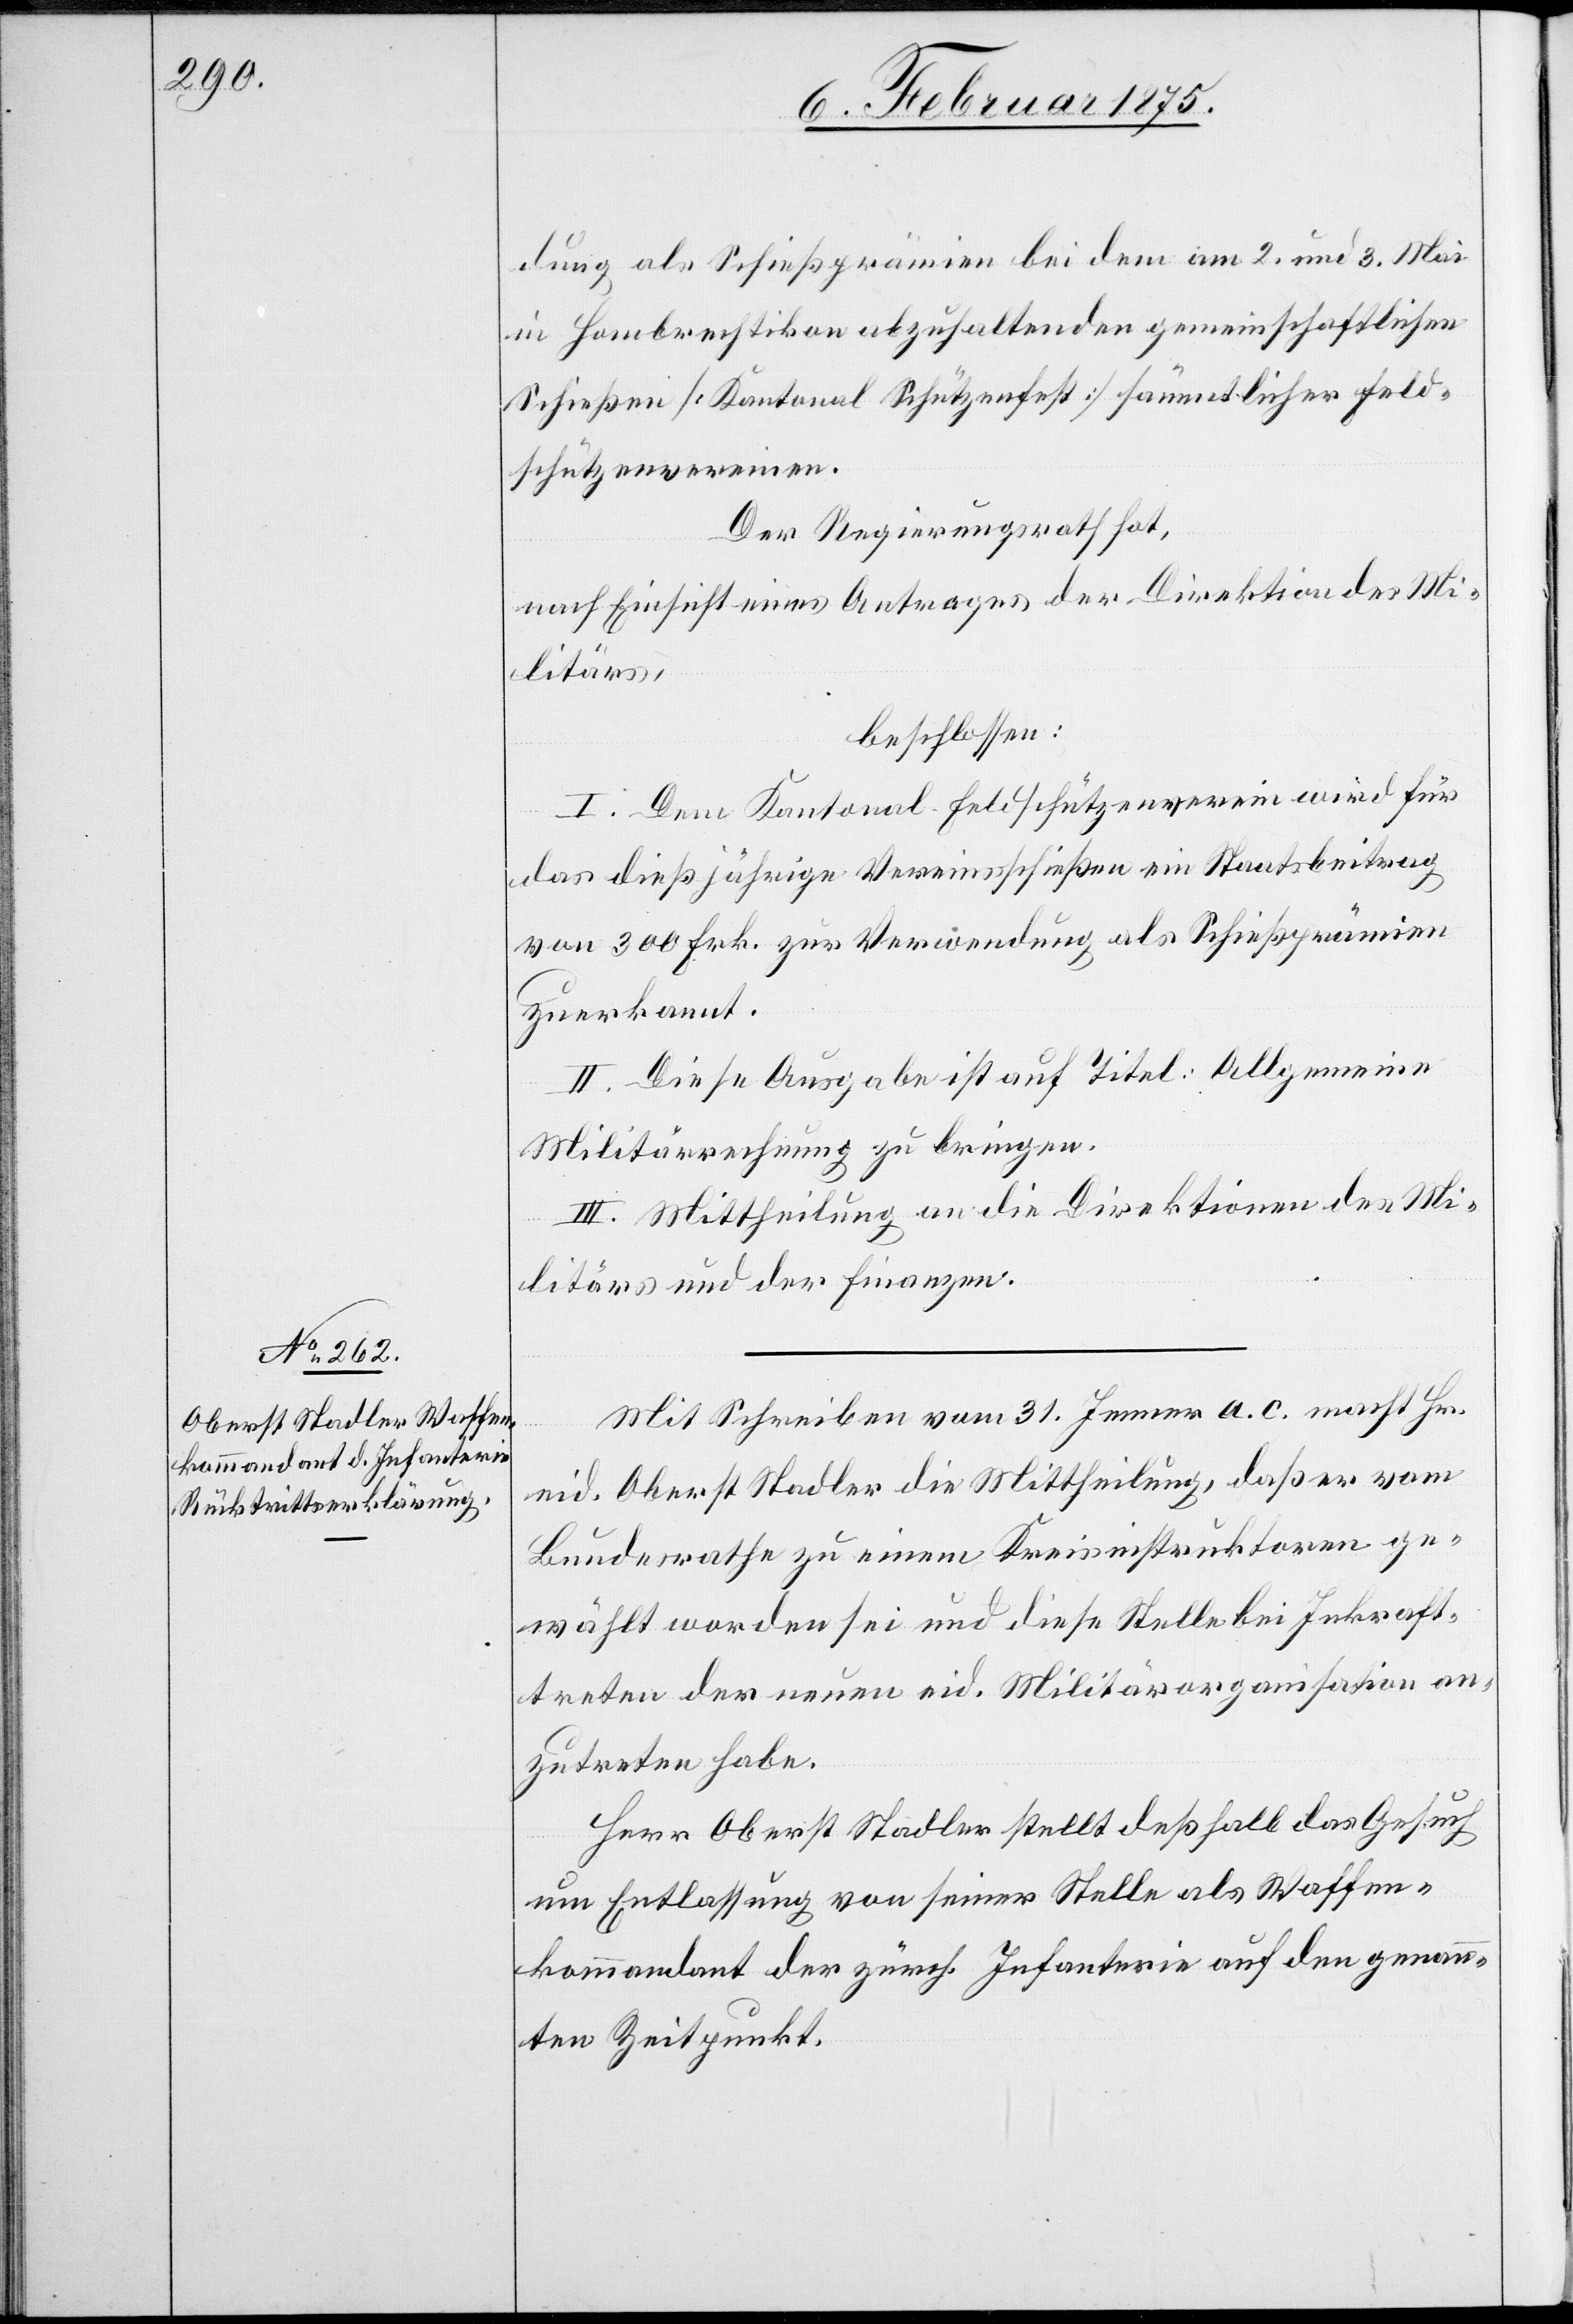
dung als Schießprämien bei dem am 2. und 3. Mai
in Hombrechtikon abzuhaltenden gemeinschaftlichen
Schießen (Kantonal Schützenfest) sämmtlicher Feld¬
schützenvereinen.
Der Regierungsrath hat,
nach Einsicht eines Antrages der Direktion des Mi¬
litärs,
beschlossen:
I. Dem Kantonal-Feldschützenverein wird für
das dießjährige Vereinsschießen ein Staatsbeitrag
von 300 Frk. zur Verwendung als Schießprämien
zuerkannt.
II. Diese Ausgabe ist auf Titel: Allgemeine
Militärrechnung zu bringen.
III. Mittheilung an die Direktionen des Mi¬
litärs und der Finanzen.
Mit Schreiben vom 31. Jenner a. c. macht Hr.
eid. Oberst Stadler die Mittheilung, daß er vom
Bundesrathe zu einem Kreisinstruktoren ge¬
wählt worden sei und diese Stelle bei Inkraft¬
treten der neuen eid. Militärorganisation an¬
zutreten habe.
Herr Oberst Stadler stellt deßhalb das Gesuch
um Entlassung von seiner Stelle als Waffen¬
kommandant der zürch. Infanterie auf den genan¬
nten Zeitpunkt.